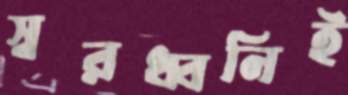
স্বরধ্বনিই